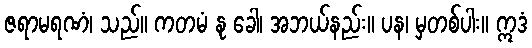
ဇရာမရဏံ၊ သည်။ ကတမံ နု ခေါ၊ အဘယ်နည်း။ ပန၊ မှတစ်ပါး။ ဣဒံ